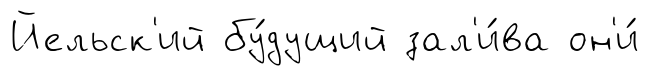
Йельск'ий бу́дущий зал'и́ва он'и́